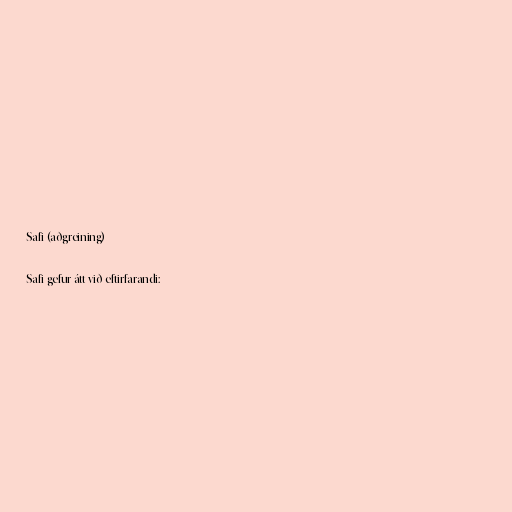
Safi (aðgreining)

Safi gefur átt við eftirfarandi: